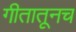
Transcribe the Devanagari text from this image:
गीतातूनच